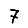
Digit: 7